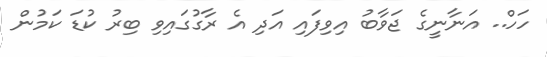
ހަހް.. އަނާނީގެ ޖަވާބު އިވިފައި އަދި އެ ރާގުގައިވި ބިރު ކުޑަ ކަމުން